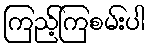
ကြည့်ကြစမ်းပါ